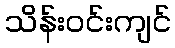
သိန်းဝင်းကျင်